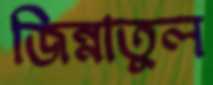
জিন্নাতুল